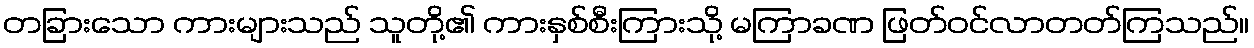
တခြားသော ကားများသည် သူတို့၏ ကားနှစ်စီးကြားသို့ မကြာခဏ ဖြတ်ဝင်လာတတ်ကြသည်။